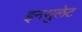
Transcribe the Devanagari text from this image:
इनसुलेट